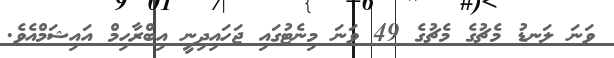
ވަނަ ލަނޑު މެޗުގެ މެޗުގެ 49 ވަނަ މިނެޓުގައި ޖަހައިދިނީ އިބްރާހިމް އައިޝަމްއެވެ.